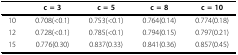
<table><thead><tr><td></td><td><b>c = 3</b></td><td><b>c = 5</b></td><td><b>c = 8</b></td><td><b>c = 10</b></td></tr></thead><tbody><tr><td>10</td><td>0.708(<i>&lt;</i>0.1)</td><td>0.753(<i>&lt;</i>0.1)</td><td>0.764(0.14)</td><td>0.774(0.18)</td></tr><tr><td>12</td><td>0.728(<i>&lt;</i>0.1)</td><td>0.785(<i>&lt;</i>0.1)</td><td>0.794(0.15)</td><td>0.797(0.21)</td></tr><tr><td>15</td><td>0.776(0.30)</td><td>0.837(0.33)</td><td>0.841(0.36)</td><td>0.857(0.45)</td></tr></tbody></table>